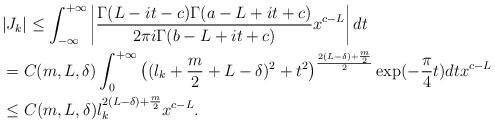
LaTeX: \begin{align*}&|J_k| \le \int_{-\infty}^{+\infty}\left |\frac{\Gamma(L-it-c)\Gamma(a-L+it+c)}{2\pi i\Gamma(b-L+it+c)} x^{c-L}\right |dt \\&=C(m,L,\delta) \int_{0}^{+\infty} \big((l_k + \frac{m}{2} + L -\delta)^2 + t^2\big)^{\frac{2(L-\delta)+\frac{m}{2}}{2} } \exp(-\frac{\pi}{4}t)dtx^{c-L} \\&\le C(m,L,\delta)l_k^{2(L-\delta)+\frac{m}{2}} x^{c-L}.\end{align*}